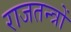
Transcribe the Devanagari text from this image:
राजतन्त्रों